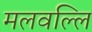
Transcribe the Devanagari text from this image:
मलवल्लि